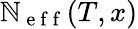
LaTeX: \mathbb{N}_{\mathrm{{~e~f~f~}}}(T,x)